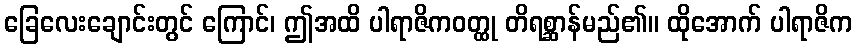
ခြေလေးချောင်းတွင် ကြောင်၊ ဤအထိ ပါရာဇိကဝတ္ထု တိရစ္ဆာန်မည်၏။ ထိုအောက် ပါရာဇိက